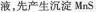
液，先产生沉淀MnS